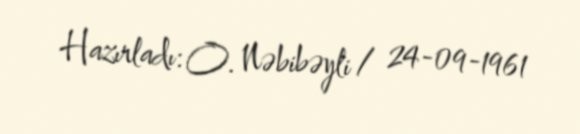
Hazırladı: O. Nəbibəyli / 24-09-1961